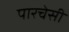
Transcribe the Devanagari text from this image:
पारचेसी